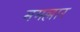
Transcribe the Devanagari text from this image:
ममल्लार